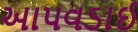
આપવડાઈ